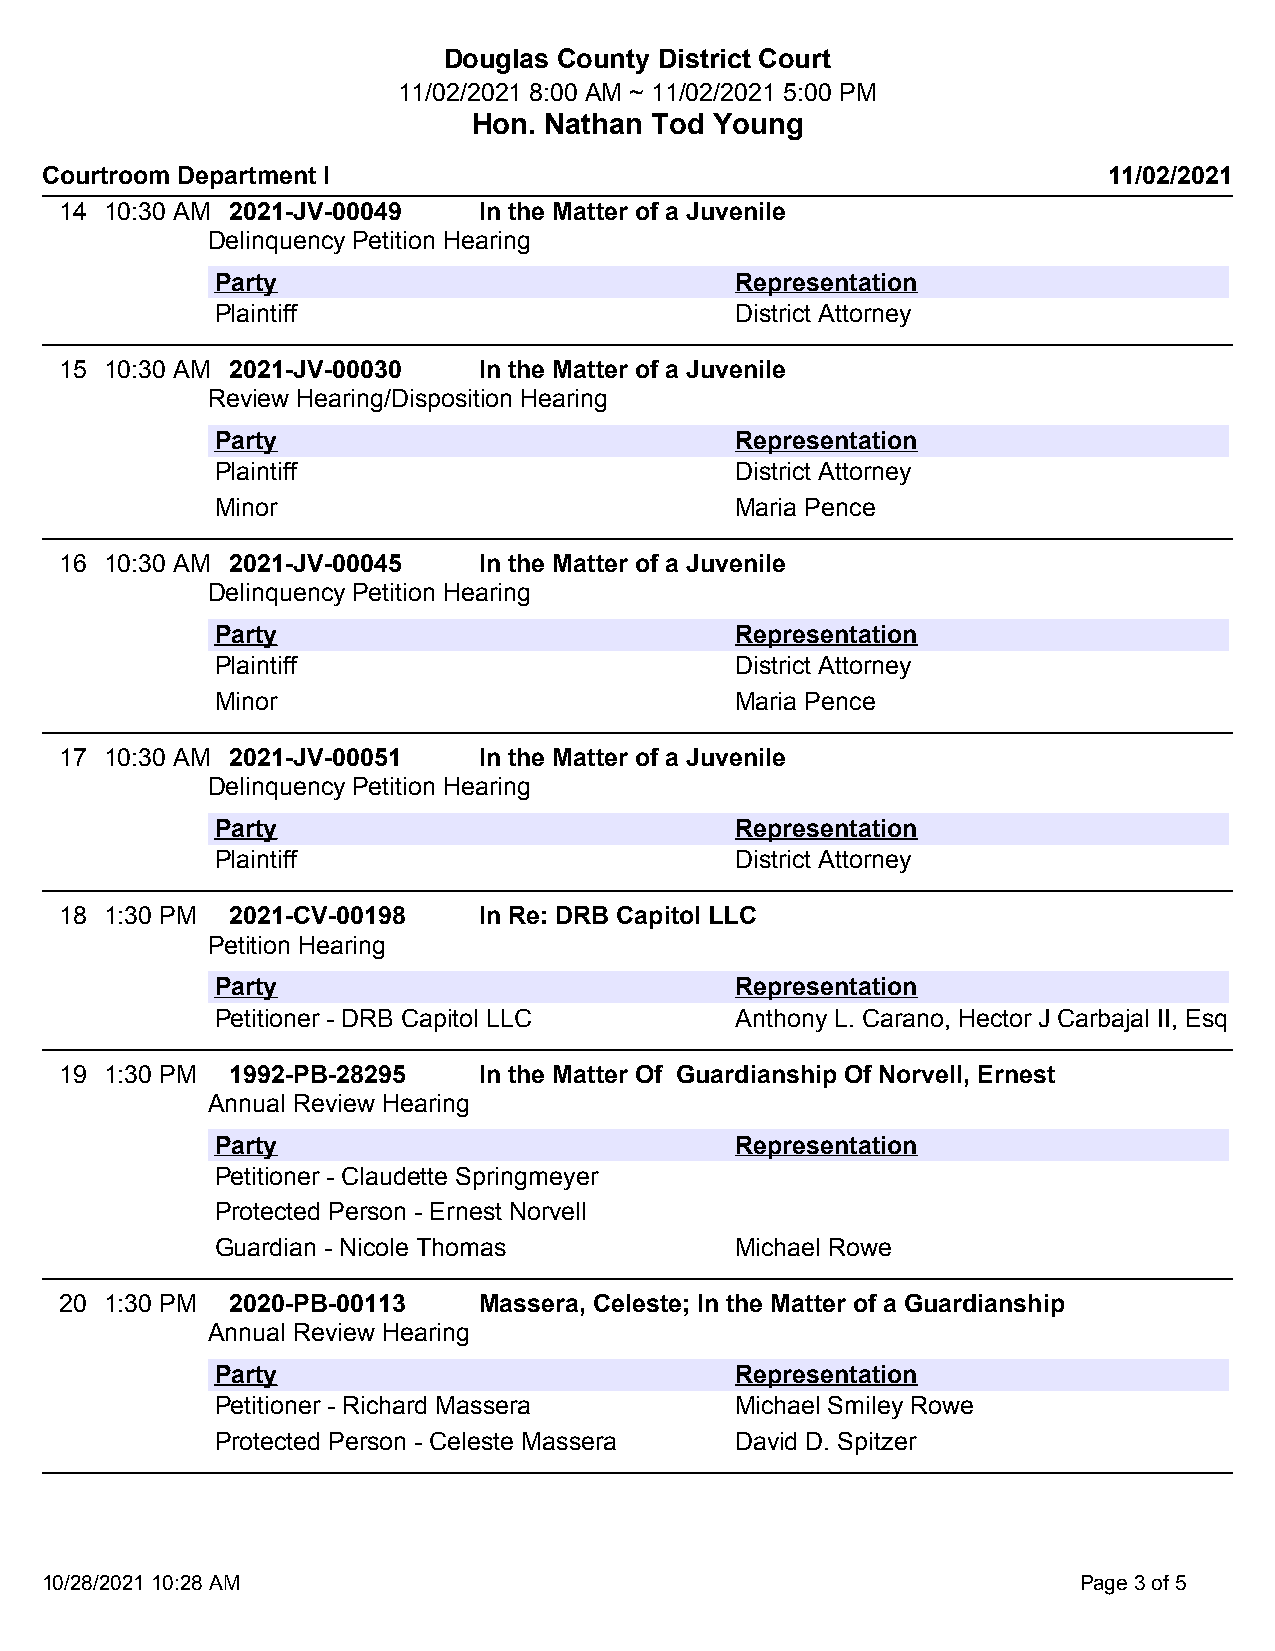
Douglas County District Court
 11/02/2021 8:00 AM ~ 11/02/2021 5:00 PM
 Hon. Nathan Tod Young
 Courtroom Department I                                                11/02/2021
 14 10:30 AM 2021-JV-00049   In the Matter of a Juvenile
 Delinquency Petition Hearing
 Party                              Representation
 Plaintiff                          District Attorney
 15 10:30 AM 2021-JV-00030   In the Matter of a Juvenile
 Review Hearing/Disposition Hearing
 Party                              Representation
 Plaintiff                          District Attorney
 Minor                              Maria Pence
 16 10:30 AM 2021-JV-00045   In the Matter of a Juvenile
 Delinquency Petition Hearing
 Party                              Representation
 Plaintiff                          District Attorney
 Minor                              Maria Pence
 17 10:30 AM 2021-JV-00051   In the Matter of a Juvenile
 Delinquency Petition Hearing
 Party                              Representation
 Plaintiff                          District Attorney
 18 1:30 PM 2021-CV-00198    In Re: DRB Capitol LLC
 Petition Hearing
 Party                              Representation
 Petitioner - DRB Capitol LLC       Anthony L. Carano, Hector J Carbajal II, Esq
 19 1:30 PM 1992-PB-28295    In the Matter Of Guardianship Of Norvell, Ernest
 Annual Review Hearing
 Party                              Representation
 Petitioner - Claudette Springmeyer
 Protected Person - Ernest Norvell
 Guardian - Nicole Thomas           Michael Rowe
 20 1:30 PM 2020-PB-00113    Massera, Celeste; In the Matter of a Guardianship
 Annual Review Hearing
 Party                              Representation
 Petitioner - Richard Massera       Michael Smiley Rowe
 Protected Person - Celeste Massera David D. Spitzer
 10/28/2021 10:28 AM                                                 Page 3 of 5